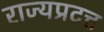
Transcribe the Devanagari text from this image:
राज्यप्रदत्त